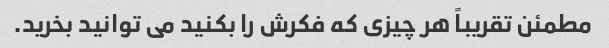
مطمئن تقریباً هر چیزی که فکرش را بکنید می توانید بخرید.